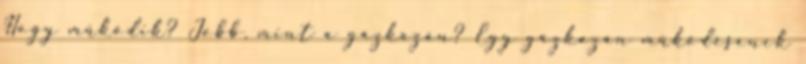
Hogy működik? Jobb, mint a gázkazán? Egy gázkazán működésének